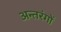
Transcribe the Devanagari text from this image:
अन्तरंगों